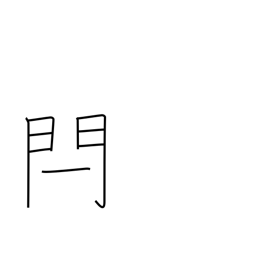
Meaning: gate bar